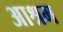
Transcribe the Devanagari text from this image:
अाश्रम